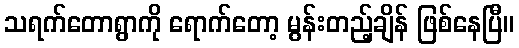
သရက်တောရွာကို ရောက်တော့ မွန်းတည့်ချိန် ဖြစ်နေပြီ။